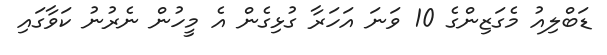
ޑަބްލިއު މެގަޒިންގެ 10 ވަނަ އަހަރާ ގުޅިގެން އެ މީހުން ނެރުނު ކަވާގައި